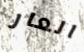
العار